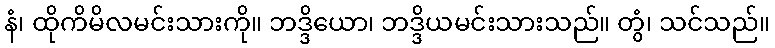
နံ၊ ထိုကိမိလမင်းသားကို။ ဘဒ္ဒိယော၊ ဘဒ္ဒိယမင်းသားသည်။ တွံ၊ သင်သည်။